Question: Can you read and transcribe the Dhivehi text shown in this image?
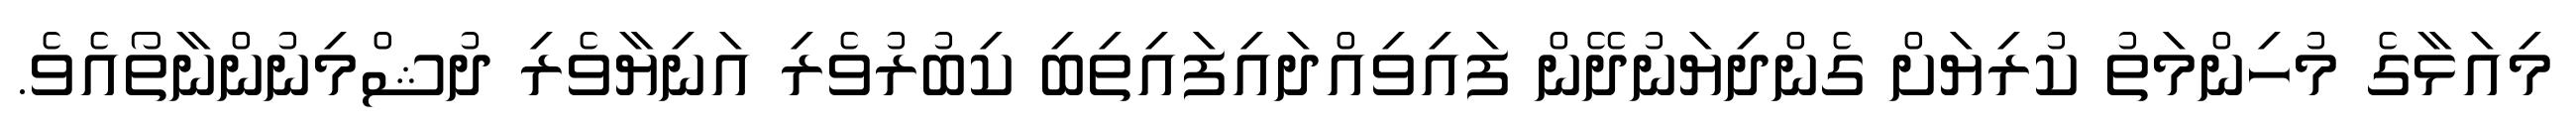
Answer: މިއަޅާގެ މުހިންމަތު ކުރިޔަށް ގެންދިޔަނުދޭން ފައިވިއްދައިފައިތިބި ކިބުރުވެރި އަނިޔާވެރި ދުޝްމިނުންނާތޯއެވެ.